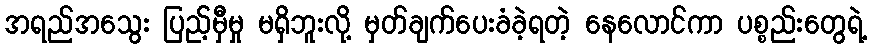
အရည်အသွေး ပြည့်မှီမှု မရှိဘူးလို့ မှတ်ချက်ပေးခံခဲ့ရတဲ့ နေလောင်ကာ ပစ္စည်းတွေရဲ့